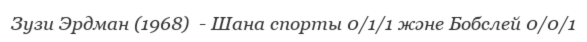
Зузи Эрдман (1968)  - Шана спорты 0/1/1 және Бобслей 0/0/1